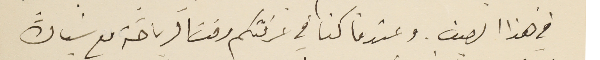
في هذا الصيف. وعندما كنا في غرفتكم وقت الرياضة مع سَيادة